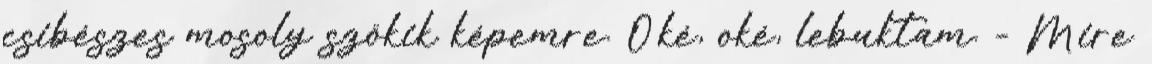
csibészes mosoly szökik képemre. Oké, oké, lebuktam. - Mire